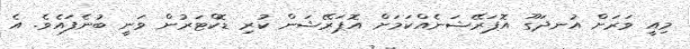
މިއީ ވަރަށް އުނދަގޫ އޮޕަރޭޝަނެއްކަމަށް އޮޕަރޭޝަން ކުރި ޑޮކްޓަރުން ވަނީ ބުނެފައެވެ. އެ